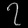
Digit: ၇